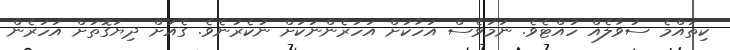
ކިތައްމެ ސުވާލެއް ހުއްޓެވެ. ނަމަވެސް އަހާކަށް އަހަރެންނަކަށް ނުކެރުނެވެ. ގެއަށް ދިޔަގޮތަށް އަހަރެން